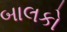
બાલકો